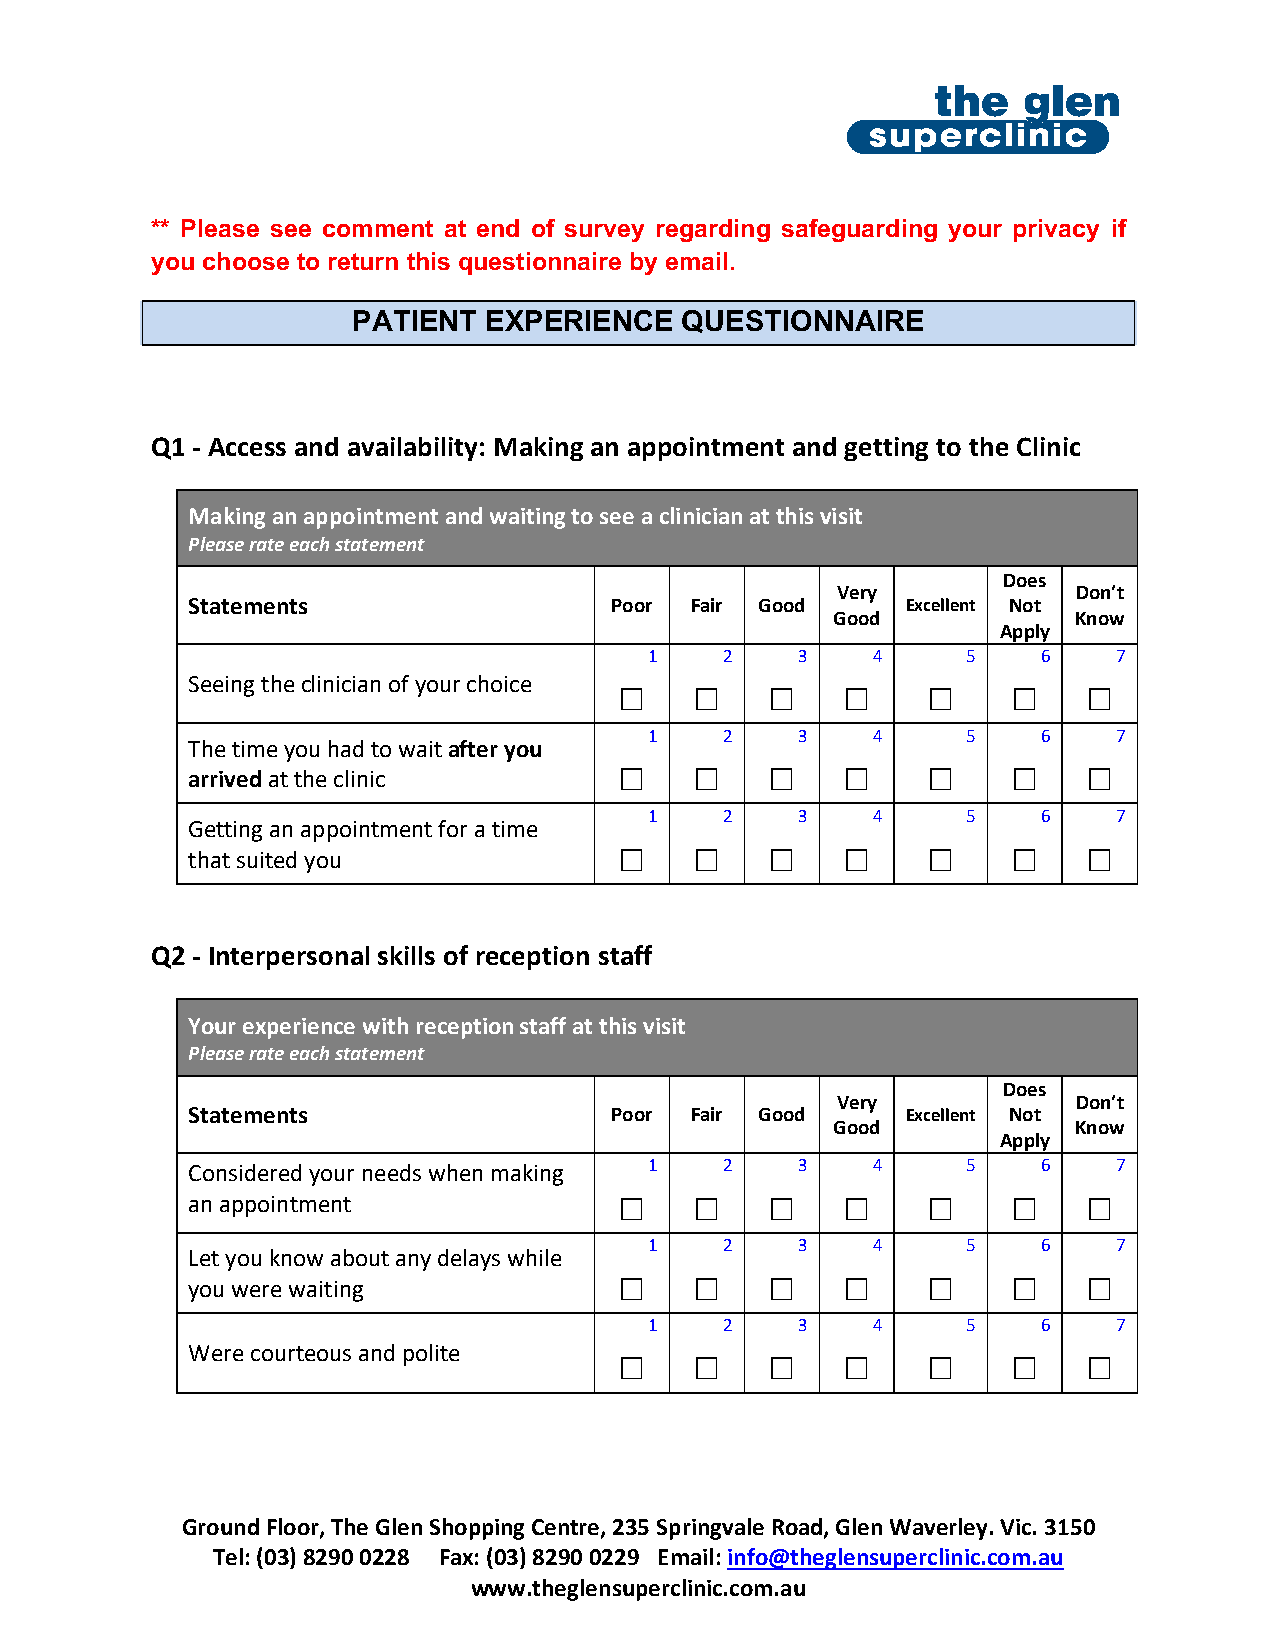
** Please see comment at end of survey regarding safeguarding your privacy if
 you choose to return this questionnaire by email.
 PATIENT  EXPERIENCE   QUESTIONNAIRE
 Q1 - Access and availability: Making an appointment and getting to the Clinic
 Making an appointment and waiting to see a clinician at this visit
 Please rate each statement
 Does
 Very            Don’t
 Statements                  Poor  Fair Good     Excellent Not
 Good            Know
 Apply
 1    2    3    4     5    6    7
 Seeing the clinician of your choice □ □ □   □    □     □    □
 1    2    3    4     5    6    7
 The time you had to wait after you
 □    □    □    □    □     □    □
 arrived at the clinic
 1    2    3    4     5    6    7
 Getting an appointment for a time
 □    □    □    □    □     □    □
 that suited you
 Q2 - Interpersonal skills of reception staff
 Your experience with reception staff at this visit
 Please rate each statement
 Does
 Very            Don’t
 Statements                  Poor  Fair Good     Excellent Not
 Good            Know
 Apply
 Considered your needs when making 1 2    3    4     5    6    7
 □    □    □    □    □     □    □
 an appointment
 1    2    3    4     5    6    7
 Let you know about any delays while
 □    □    □    □    □     □    □
 you were waiting
 1    2    3    4     5    6    7
 Were courteous and polite    □    □    □    □    □     □    □
 Ground Floor, The Glen Shopping Centre, 235 Springvale Road, Glen Waverley. Vic. 3150
 Tel: (03) 8290 0228 Fax: (03) 8290 0229 Email: info@theglensuperclinic.com.au
 www.theglensuperclinic.com.au